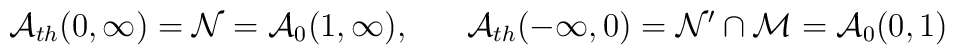
\mathcal{A}_{th}(0,\infty )=\mathcal{N}=\mathcal{A}_{0}(1,\infty),\,\,\,\,\,\,\,\,\,\,\mathcal{A}_{th}(-\infty ,0)=\mathcal{N}^{\prime }\cap \mathcal{M=A}_{0}(0,1)